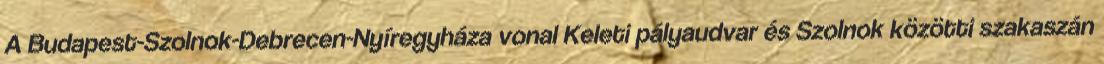
A Budapest-Szolnok-Debrecen-Nyíregyháza vonal Keleti pályaudvar és Szolnok közötti szakaszán